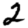
Digit: 2